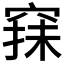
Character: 𥦤